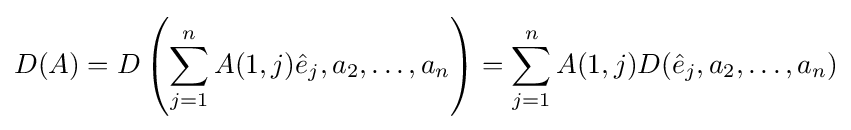
D(A)=D\left(\sum _{j=1}^{n}A(1,j){\hat {e}}_{j},a_{2},\ldots ,a_{n}\right)=\sum _{j=1}^{n}A(1,j)D({\hat {e}}_{j},a_{2},\ldots ,a_{n})